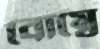
বোম্বে